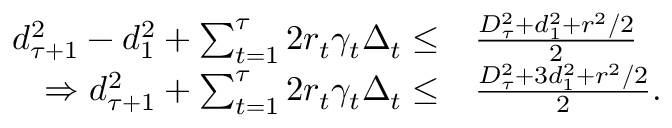
\begin{array} { r l } { d _ { \tau + 1 } ^ { 2 } - d _ { 1 } ^ { 2 } + \sum _ { t = 1 } ^ { \tau } 2 r _ { t } \gamma _ { t } \Delta _ { t } \leq } & { \frac { D _ { \tau } ^ { 2 } + d _ { 1 } ^ { 2 } + r ^ { 2 } / 2 } { 2 } } \\ { \Rightarrow d _ { \tau + 1 } ^ { 2 } + \sum _ { t = 1 } ^ { \tau } 2 r _ { t } \gamma _ { t } \Delta _ { t } \leq } & { \frac { D _ { \tau } ^ { 2 } + 3 d _ { 1 } ^ { 2 } + r ^ { 2 } / 2 } { 2 } . } \end{array}